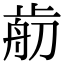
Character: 𣦃